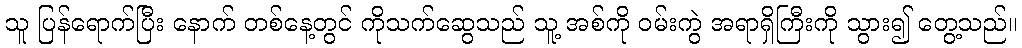
သူ ပြန်ရောက်ပြီး နောက် တစ်နေ့တွင် ကိုသက်ဆွေသည် သူ့ အစ်ကို ဝမ်းကွဲ အရာရှိကြီးကို သွား၍ တွေ့သည်။